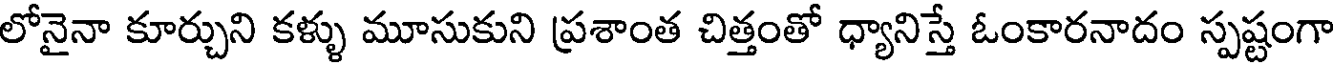
లోనైనా కూర్చుని కళ్ళు మూసుకుని ప్రశాంత చిత్తంతో ధ్యానిస్తే ఓంకారనాదం స్పష్టంగా